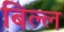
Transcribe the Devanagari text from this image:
बिल्ल